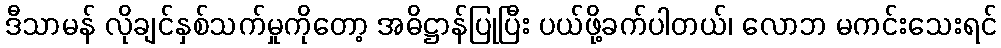
ဒီသာမန် လိုချင်နှစ်သက်မှုကိုတော့ အဓိဋ္ဌာန်ပြုပြီး ပယ်ဖို့ခက်ပါတယ်၊ လောဘ မကင်းသေးရင်